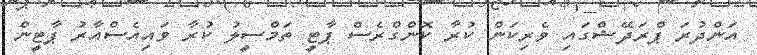
އަންދުރަ ޕްރަދޭޝްގައި ވެރިކަން ކުރާ ކޮންގްރެސް ޕާޓީ ތަމްސީލު ކުރާ ވައިއެސްއާރު ޕާޓީން